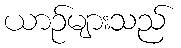
ယာဉ်များသည်